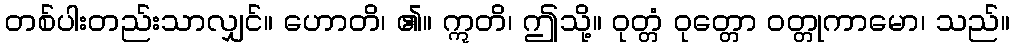
တစ်ပါးတည်းသာလျှင်။ ဟောတိ၊ ၏။ ဣတိ၊ ဤသို့။ ဝုတ္တံ ဝုတ္တော ဝတ္တုကာမော၊ သည်။